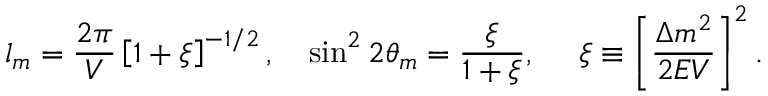
l _ { m } = \frac { 2 \pi } { V } \left[ 1 + \xi \right] ^ { - 1 / 2 } , ~ ~ ~ \sin ^ { 2 } 2 \theta _ { m } = \frac { \xi } { 1 + \xi } , ~ ~ ~ ~ \xi \equiv \left[ \frac { \Delta m ^ { 2 } } { 2 E V } \right] ^ { 2 } .